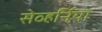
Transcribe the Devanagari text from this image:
सेव्हर्निया